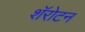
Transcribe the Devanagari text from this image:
शॅरोटन